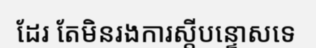
ដែរ តែមិនរងការស្តីបន្ទោសទេ